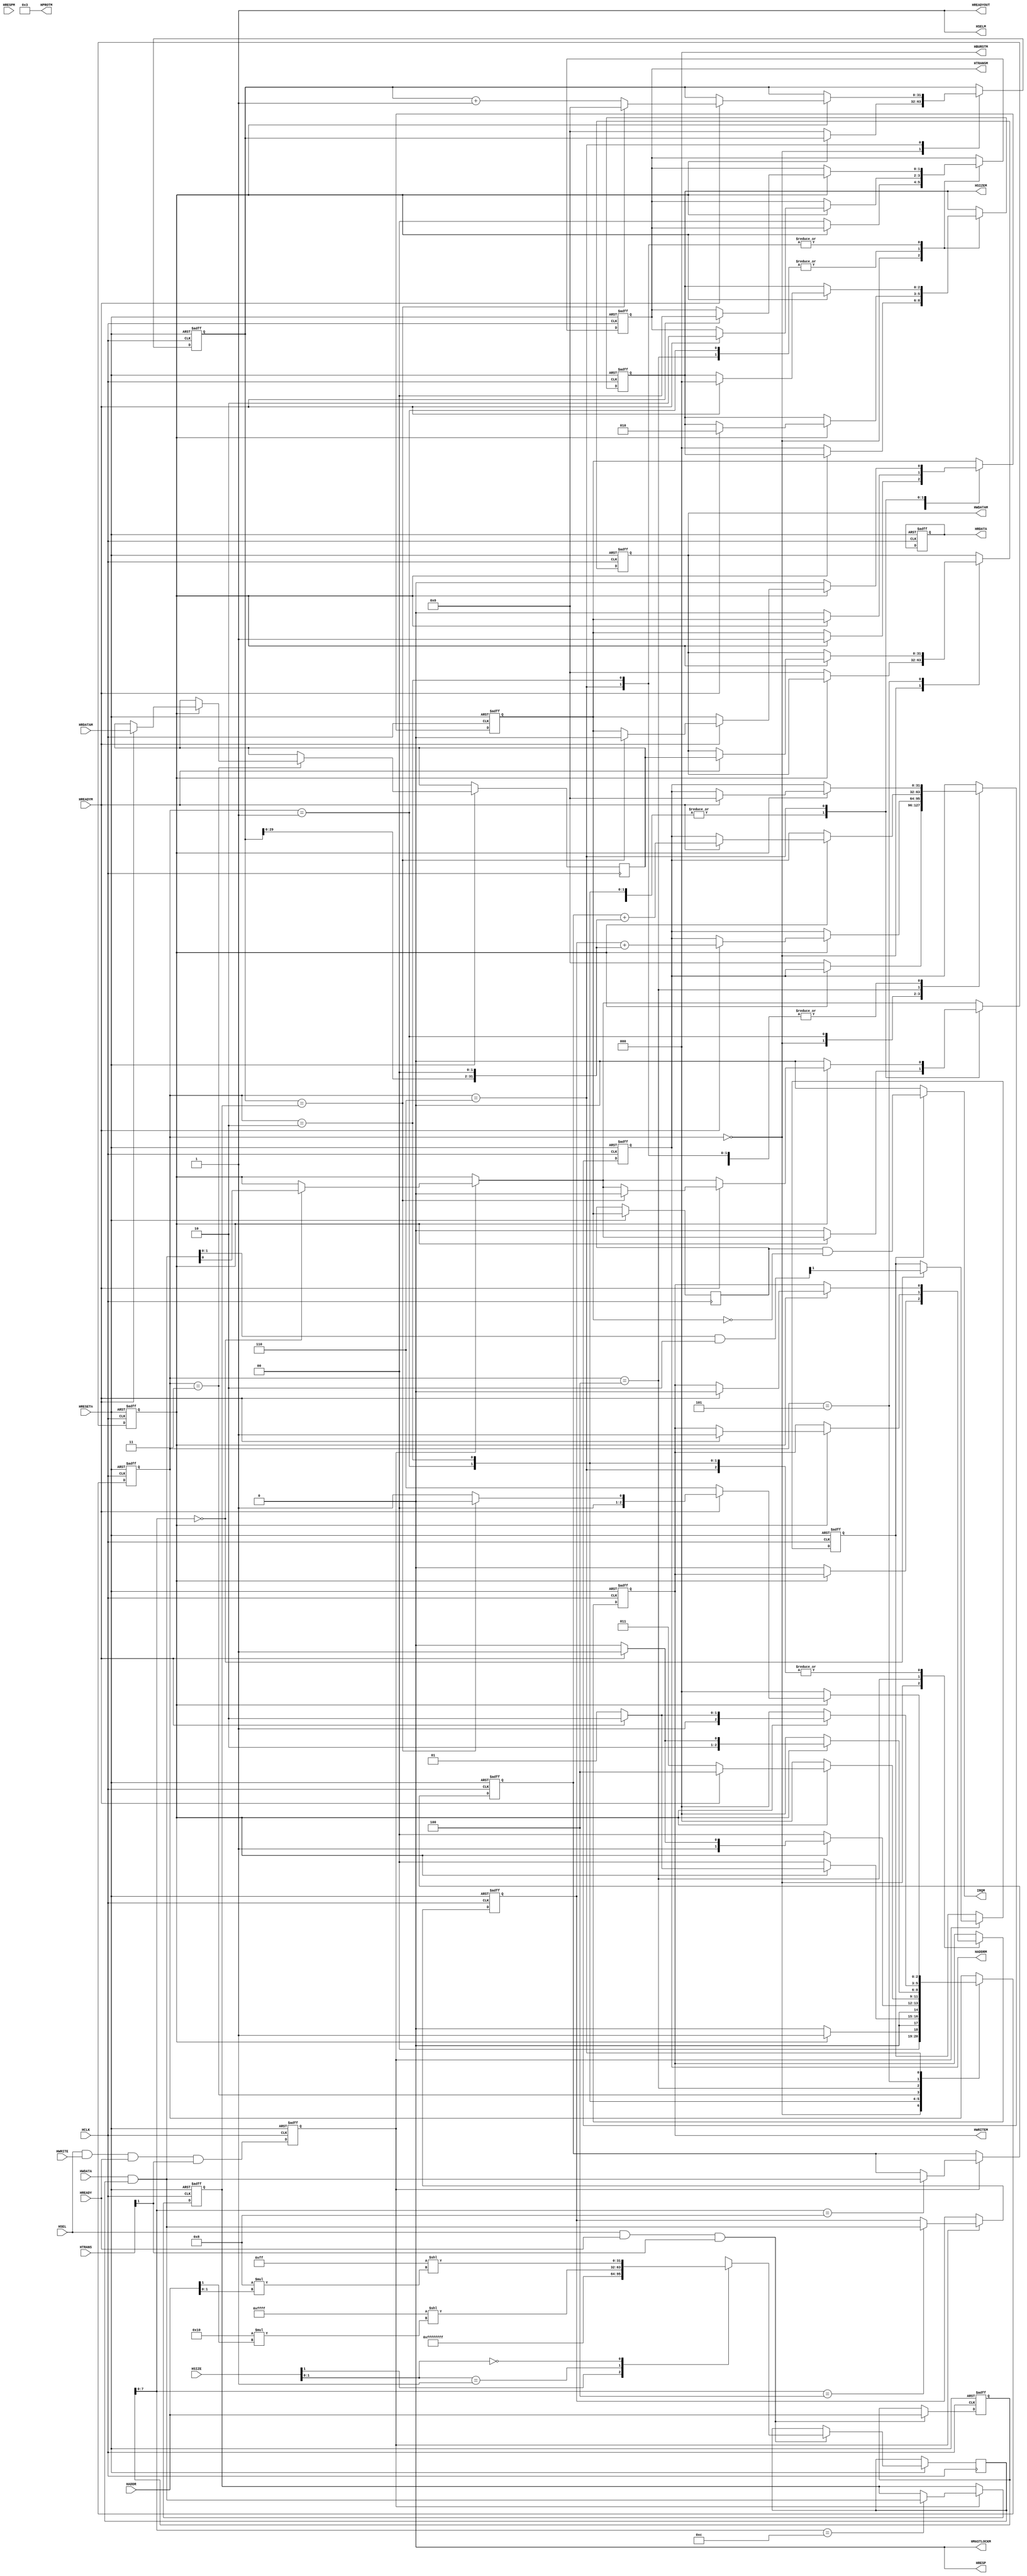
module DMA(
input			wire				HSEL,
input			wire				HCLK,
input			wire				HRESETn,
input			wire				HREADY,
input			wire	[31:0]	HADDR,
input			wire	[1:0]		HTRANS,
input			wire				HWRITE,
input			wire	[2:0]		HSIZE,
input			wire	[31:0]	HWDATA,
output		wire				HREADYOUT,
output		wire	[31:0]	HRDATA,
output		wire				HRESP,

output  		wire          	HSELM,
output  		wire 	[31:0]   HADDRM,
output  		wire  [1:0]   	HTRANSM,
output  		wire  [2:0]   	HSIZEM,
output  		wire          	HWRITEM,
output  		wire  [3:0]   	HPROTM,
output  		wire  [2:0]   	HBURSTM,
output  		wire          	HMASTLOCKM,
output  		wire 	[31:0] 	HWDATAM,
		
input 		wire          	HREADYM,
input 		wire          	HRESPM,
input 		wire 	[31:0] 	HRDATAM,
output		wire				IRQM
);

parameter
	STA_IDLE   = 3'b000,
	STA_STAGE0 = 3'b001,
	STA_STAGE1 = 3'b010,
	STA_STAGE2 = 3'b011,
	STA_STAGE3 = 3'b100,
	STA_STAGE4 = 3'b101,
	STA_STAGE5 = 3'b110;
	
reg 				we;
reg 	[31:0] 	hwdata_mask;
reg 	[31:0] 	buf_hwaddr;
reg 	[31:0] 	buf_hrdata;

reg				DMA_start_flag;
reg 				DMA_iten_flag;
reg	[31:0]	DMA_sourceaddr;
reg	[31:0]	DMA_targetaddr;
reg	[31:0]	DMA_datasize;

reg				DMA_transmite_flag;
reg				DMA_transmite_flag_r;
reg	[31:0]	cnt_addr;
reg	[31:0]	data_buf;

reg	[2:0]		STA;

reg 	[31:0]   HADDRM_buf;
reg  	[1:0]   	HTRANSM_buf;
reg  	[2:0]   	HSIZEM_buf;
reg          	HWRITEM_buf;
reg 	[31:0] 	HWDATAM_buf;

assign HRDATA = buf_hrdata;
assign HREADYOUT = 1'b1;
assign HRESP = 1'b0;

assign HSELM = 1'b1;
assign HMASTLOCKM = 1'b0;
assign HBURSTM = 3'b000;
assign HPROTM = 4'b0011;

assign HADDRM = HADDRM_buf;
assign HTRANSM = HTRANSM_buf;
assign HSIZEM = HSIZEM_buf;
assign HWRITEM = HWRITEM_buf;
assign HWDATAM = HWDATAM_buf;

assign IRQM = DMA_iten_flag ? (DMA_transmite_flag_r & !DMA_transmite_flag) : 1'b0;

always@(posedge HCLK or negedge HRESETn)	begin
	if(!HRESETn)	begin
		DMA_transmite_flag <= 1'b0;
		cnt_addr <= 'd0;
		STA <= STA_IDLE;
		HTRANSM_buf <= 2'b00;
		HSIZEM_buf <= 2'b00;
		HWRITEM_buf <= 1'b0;
		HWDATAM_buf <= 32'b0;
		HADDRM_buf <= 32'b0;
		we <= 1'b0;
		buf_hwaddr <= 32'h0;
		buf_hrdata <= 32'b0;
		DMA_sourceaddr <= 32'b0;
		DMA_targetaddr <= 32'b0;
		DMA_datasize <= 32'b0;
		DMA_start_flag <= 1'b0;
		DMA_iten_flag <= 1'b0;
	end
	else	begin
		
		we <= HSEL & HWRITE & HREADY & HTRANS[1];
		if(HSEL & HREADY & HTRANS[1])	begin
			buf_hwaddr <= HADDR;
			casez(HSIZE[1:0])
				2'b1? : hwdata_mask <= 32'hFFFFFFFF;
				2'b01 : hwdata_mask <= (32'h0000FFFF << (16 * HADDR[1]));
				2'b00 : hwdata_mask <= (32'h000000FF << (8 * HADDR[1:0]));
			endcase
		end
		if(we)	begin
			if(buf_hwaddr[7:0] == 8'h00)	begin
				DMA_start_flag <= (HWDATA & hwdata_mask) & 32'h00000001;
				DMA_iten_flag <= ((HWDATA & hwdata_mask) & 32'h00000002) >> 1;
			end
			if(buf_hwaddr[7:0] == 8'h04)	begin
				DMA_sourceaddr <= (HWDATA & hwdata_mask);
			end
			if(buf_hwaddr[7:0] == 8'h08)	begin
				DMA_targetaddr <= (HWDATA & hwdata_mask);
			end
			if(buf_hwaddr[7:0] == 8'h0C)	begin
				DMA_datasize <= (HWDATA & hwdata_mask);
			end
		end
		
		DMA_transmite_flag_r <= DMA_transmite_flag;

		case(STA)
			STA_IDLE	:	begin
				if(DMA_start_flag)	begin
					STA <= STA_STAGE0;
					DMA_transmite_flag <= 1'b1;
				end
				else	begin
					STA <= STA_IDLE;
					cnt_addr <= 'd0;
					HTRANSM_buf <= 2'b00;
					HSIZEM_buf <= 2'b00;
					HWRITEM_buf <= 1'b0;
					HWDATAM_buf <= 32'b0;
					HADDRM_buf <= 32'b0;
				end
			end
			STA_STAGE0	:	begin
				if(DMA_start_flag)	begin
					if(HREADYM)	begin
						HADDRM_buf <= DMA_sourceaddr + (cnt_addr << 2);
						HTRANSM_buf <= 2'b10;
						HSIZEM_buf <= 2'b10;
						HWRITEM_buf <= 1'b0;
						STA <= STA_STAGE1;
					end
					else	begin
						STA <= STA_STAGE0;
					end
				end
				else	begin
					STA <= STA_IDLE;
					DMA_transmite_flag <= 1'b0;
					DMA_start_flag <= 1'b0;
				end
			end
			STA_STAGE1	:	begin
				if(DMA_start_flag)	begin
					if(HREADYM)	begin
						HADDRM_buf <= 32'b0;
						HTRANSM_buf <= 2'b00;
						HSIZEM_buf <= 2'b00;
						HWRITEM_buf <= 1'b0;
						STA <= STA_STAGE2;
					end
					else	begin
						STA <= STA_STAGE1;
					end
				end
				else	begin
					STA <= STA_IDLE;
					DMA_transmite_flag <= 1'b0;
					DMA_start_flag <= 1'b0;
				end
			end
			STA_STAGE2	:	begin
				if(DMA_start_flag)	begin
					if(HREADYM)	begin
						data_buf <= HRDATAM;
						STA <= STA_STAGE3;
					end
					else	begin
						STA <= STA_STAGE2;
					end
				end
				else	begin
					STA <= STA_IDLE;
					DMA_transmite_flag <= 1'b0;
					DMA_start_flag <= 1'b0;
				end
			end
			STA_STAGE3	:	begin
				if(DMA_start_flag)	begin
					if(HREADYM)	begin
						HADDRM_buf <= DMA_targetaddr + (cnt_addr << 2);
						HTRANSM_buf <= 2'b10;
						HSIZEM_buf <= 2'b10;
						HWRITEM_buf <= 1'b1;
						STA <= STA_STAGE4;
					end
					else	begin
						STA <= STA_STAGE3;
					end
				end
				else	begin
					STA <= STA_IDLE;
					DMA_transmite_flag <= 1'b0;
					DMA_start_flag <= 1'b0;
				end
			end
			STA_STAGE4	:	begin
				if(DMA_start_flag)	begin
					if(HREADYM)	begin
						HWDATAM_buf <= data_buf;
						HADDRM_buf <= 32'b0;
						STA <= STA_STAGE5;
					end
					else	begin
						STA <= STA_STAGE4;
					end
				end
				else	begin
					STA <= STA_IDLE;
					DMA_transmite_flag <= 1'b0;
					DMA_start_flag <= 1'b0;
				end
			end
			STA_STAGE5	:	begin
				if(DMA_start_flag)	begin
					if(HREADYM)	begin
						HADDRM_buf <= 32'b0;
						HTRANSM_buf <= 2'b00;
						HSIZEM_buf <= 2'b00;
						HWRITEM_buf <= 1'b0;
						if(cnt_addr == DMA_datasize)	begin
							cnt_addr <= 'd0;
							DMA_transmite_flag <= 1'b0;
							DMA_start_flag <= 1'b0;
							STA <= STA_IDLE;
						end
						else	begin
							cnt_addr <= cnt_addr + 1'd1;
							STA <= STA_STAGE0;
						end
					end
					else	begin
						STA <= STA_STAGE5;
					end
				end
				else	begin
					STA <= STA_IDLE;
					DMA_transmite_flag <= 1'b0;
					DMA_start_flag <= 1'b0;
				end
			end
		endcase
	end
end

endmodule